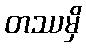
တဿမှိ